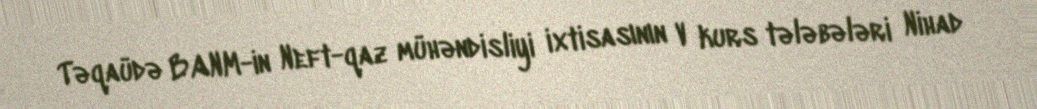
Təqaüdə BANM-in Neft-qaz mühəndisliyi ixtisasının V kurs tələbələri Nihad